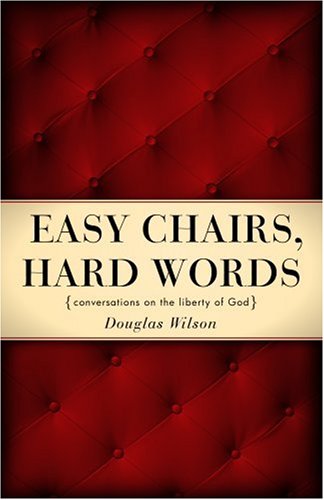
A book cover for Easy Chairs, Hard Words: Conversations on the Liberty of God; Douglas Wilson; Christian Books & Bibles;